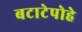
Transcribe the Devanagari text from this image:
बटाटेपोहे